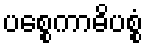
ပစ္စေကာဓိပစ္စံ